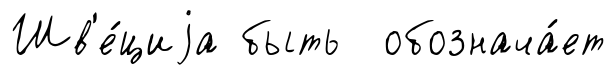
Шв'е́циjа быть обознача́ет